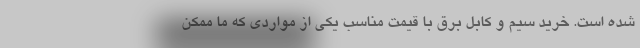
شده است. خرید سیم و کابل برق با قیمت مناسب یکی از مواردی که ما ممکن